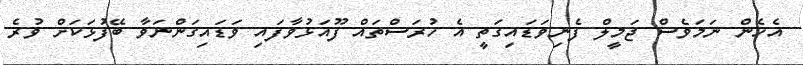
އެހެން ނަމަވެސް ޖަމީލް ފެނިވަޑައިގަތީ އެ ހުރަސްތައް ފޫއަޅުވާފައި ވަޑައިގަންނަވާ ބޭފުޅަކަށް ވުރެ